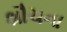
શૌચના